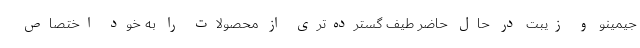
جیمینو و زیبت در حال حاضر طیف گسترده‌تری از محصولات را به خود اختصاص